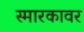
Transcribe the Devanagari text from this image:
स्मारकावर